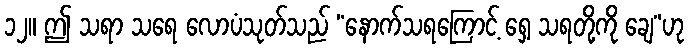
၁၂။ ဤ သရာ သရေ လောပံသုတ်သည် “နောက်သရကြောင့် ရှေ့ သရတို့ကို ချေ”ဟု